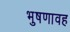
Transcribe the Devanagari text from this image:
भुषणावह